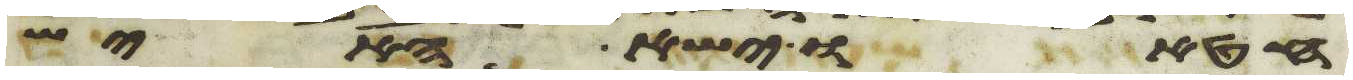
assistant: חטאו ישא האיש